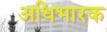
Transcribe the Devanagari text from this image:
अधिभारक